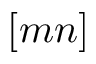
[ m n ]